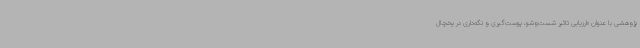
پژوهشی با عنوان «ارزیابی تاثیر شست‌وشو، پوست‌گیری و نگه‌داری در یخچال